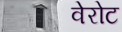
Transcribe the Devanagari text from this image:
वेरोट